NAE_kihelkonnakohtute_kirjad_ja_protokollid_1869-1889, lk 4
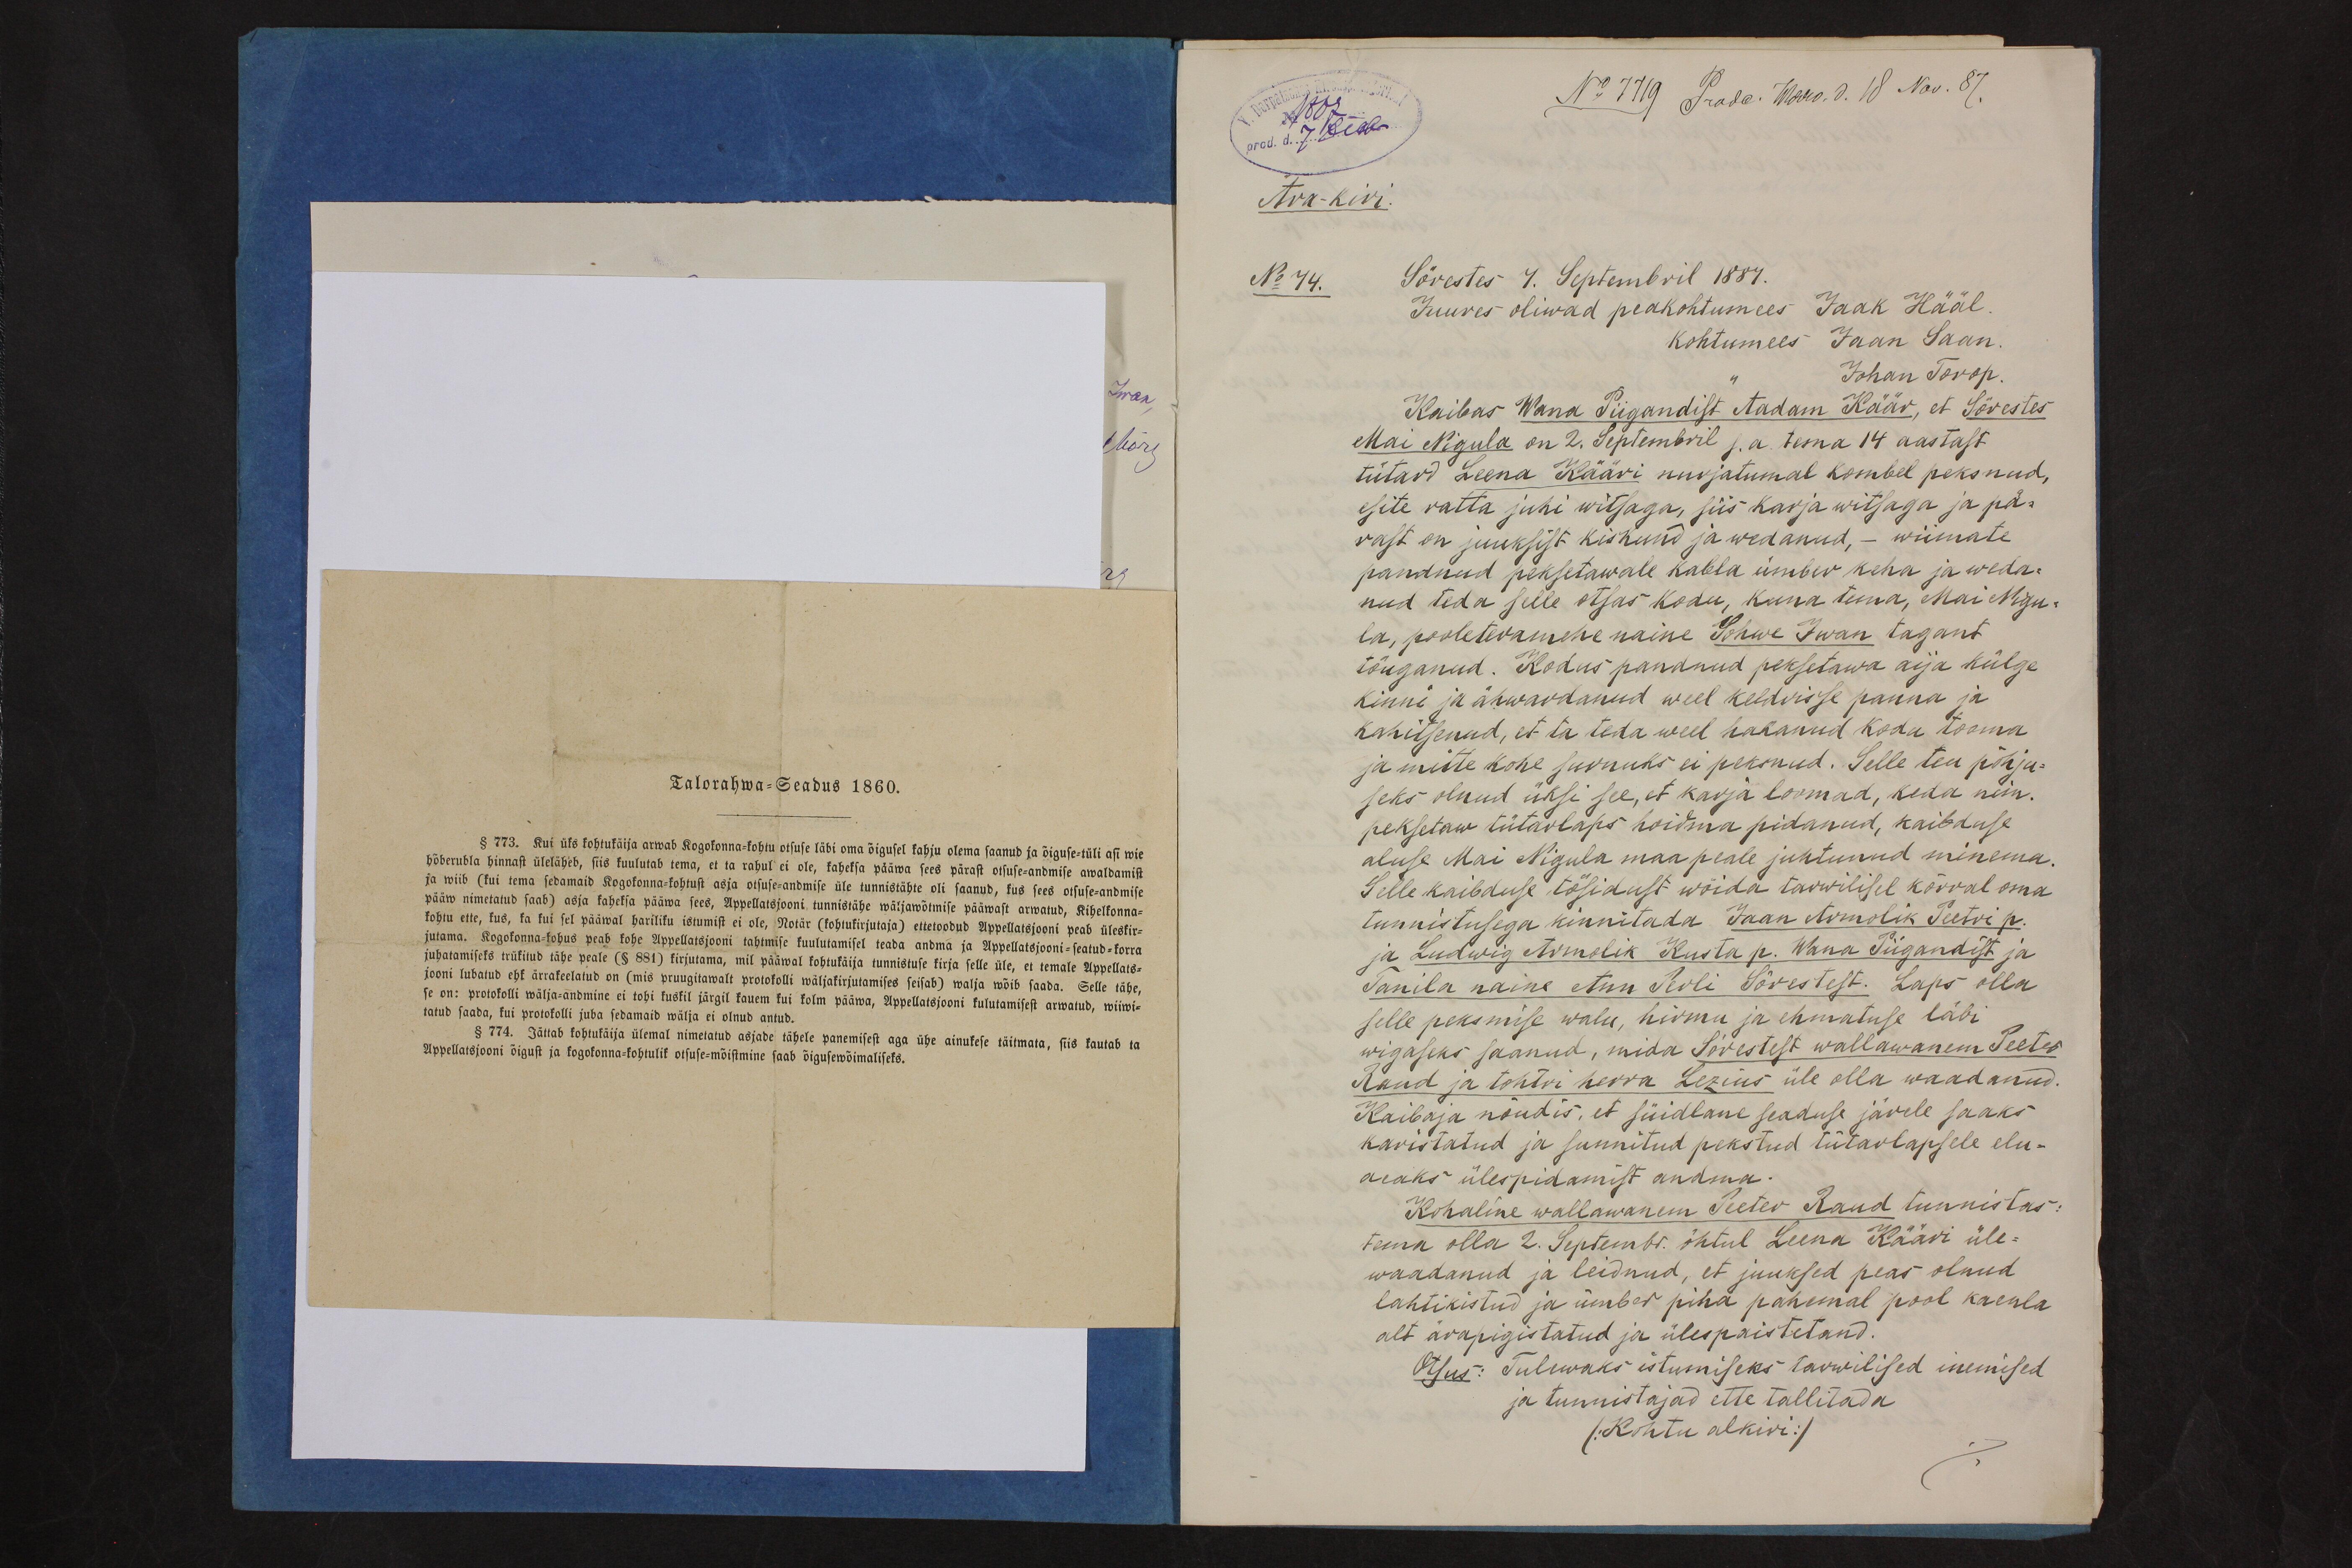
Ära-kiri
Sõrestes 4. Septembril 1887.
No 74.
Juures oliwad peakohtumees Jaak Hääl.
kohtumees Jaan Saan.
Johan Torop.
Kaibas Wana Piigandist Aadam Käär, et Sõrestes
Mai Nigula on 2. Septembril s.a. tema 14 aastast
tütard Leena Kääri nurjatumal kombel peksnud,
esite ratta juhi witsaga, siis harja witsaga ja pä-
rast on juuksist kiskund ja wedanud, - wiimate
pandnud peksetawale kabla ümbev keha ja weda-
nud teda selle otsas kodu, kuna tema, Mai Nigu-
la, pooleteramehe naine Sohwe Iwan tagant
tõuganud. Kodus pandnud peksetawa aija külge
kinni ja ähwardanud weel keldrisse panna ja
kahitsenud, et ta teda weel hakanud kodu tooma
ja mitte kohe surnuks ei peksnud. Selle teu põhju-
seks olnud üksi see, et karja loomad, keda neiu.
peksetaw tütarlaps hoidma pidanud, kaibduse
aluse Mai Nigula maa peale juhtunud minema.
Selle kaibduse tõsidust wõida tarwilisel kõrral oma
tunnistusega kinnitada Jaan Armolik Peetri p.
ja Ludwig Armolik Kusta p. Wana Piigandist ja
Tanila naine Ann Perli Sõrestest. Laps olla
selle peksmise walu, hirmu ja ehmatuse läbi
wigaseks saanud, mida Sõrestest wallawanem Peeter
Rand ja tohtor herra Lezius üle olla waadanud.
Kaibaja nõudis, et süidlane seaduse järele saaks
karistatud ja sunnitud pekstud tütarlapsele elu-
aeaks ülespidamist andma.
Kohaline wallawanem Peeter Raud tunnistas:
tema olla 2. Septembr. õhtul Leena Kääri üle-
waadanud ja leidnud, et juuksed peas olnud
lahtikistud ja ümber piha pahemal pool kaenla
alt ärapigistatud ja ülespaistetand.
Otsus: Tulewaks istumiseks tarwilised inemised
ja tunnistajad ette tallitada
(.Kohtu alkiri:)